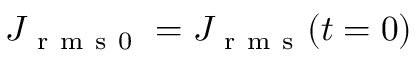
J _ { \mathrm { ~ r ~ m ~ s ~ 0 ~ } } = J _ { \mathrm { ~ r ~ m ~ s ~ } } ( t = 0 )